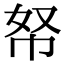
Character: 帑